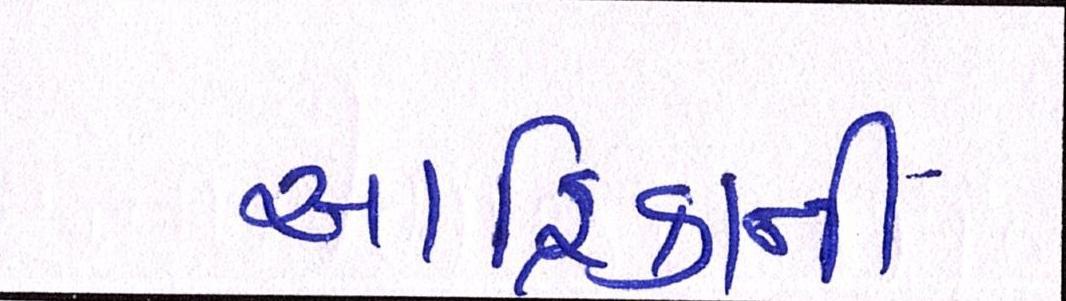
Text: આફ્રિકાની